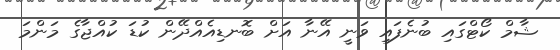
ޝާމް ކޯޓްގައި ބުނެފައި ވަނީ އޭނާ އަށް ބޮނޑިއެއްދޭން ކުޑަ ކުއްޖާގެ މަންމަ